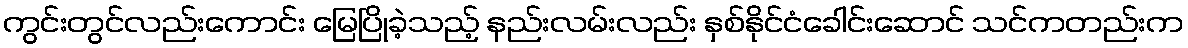
ကွင်းတွင်လည်းကောင်း မြေပြိုခဲ့သည့် နည်းလမ်းလည်း နှစ်နိုင်ငံခေါင်းဆောင် သင်ကတည်းက